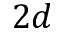
2 d